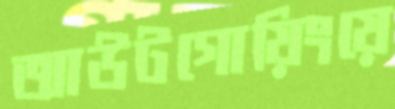
আউটগোয়িংয়ে